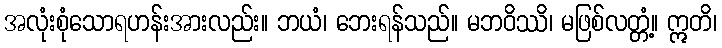
အလုံးစုံသောရဟန်းအားလည်း။ ဘယံ၊ ဘေးရန်သည်။ မဘဝိဿိ၊ မဖြစ်လတ္တံ့။ ဣတိ၊